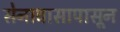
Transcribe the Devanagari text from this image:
सेनावासापासून